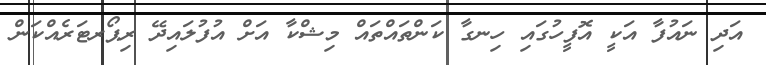
އަދި ނައުފާ އަކީ އޮފީހުގައި ހިނގާ ކަންތައްތައް މިޝްކާ އަށް އުފުލައިދޭ ރިޕޯރޓަރެއްކަން